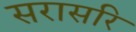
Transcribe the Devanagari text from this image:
सरासरि